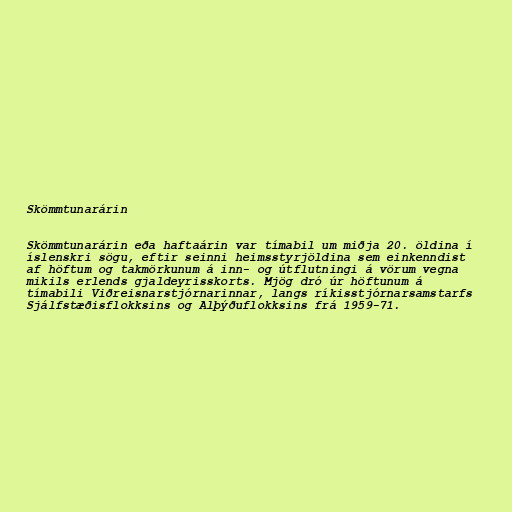
Skömmtunarárin

Skömmtunarárin eða haftaárin var tímabil um miðja 20. öldina í
íslenskri sögu, eftir seinni heimsstyrjöldina sem einkenndist
af höftum og takmörkunum á inn- og útflutningi á vörum vegna
mikils erlends gjaldeyrisskorts. Mjög dró úr höftunum á
tímabili Viðreisnarstjórnarinnar, langs ríkisstjórnarsamstarfs
Sjálfstæðisflokksins og Alþýðuflokksins frá 1959-71.